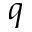
q